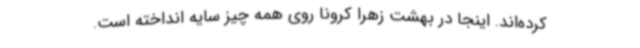
کرده‌اند. اینجا در بهشت زهرا کرونا روی همه چیز سایه انداخته ‌است.